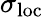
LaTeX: \sigma_{\mathrm{loc}}